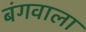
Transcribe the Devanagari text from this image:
बंगवाला